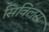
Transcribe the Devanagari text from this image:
सिविलस